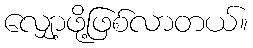
လျှော့ဖို့ဖြစ်လာတယ်။